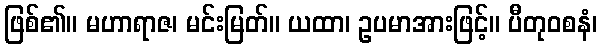
ဖြစ်၏။ မဟာရာဇ၊ မင်းမြတ်။ ယထာ၊ ဥပမာအားဖြင့်။ ပီတုဝစနံ၊